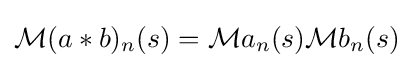
{\textstyle {\mathcal {M}}{(a*b)_{n}}(s)={\mathcal {M}}{a_{n}}(s){\mathcal {M}}{b_{n}}(s)}